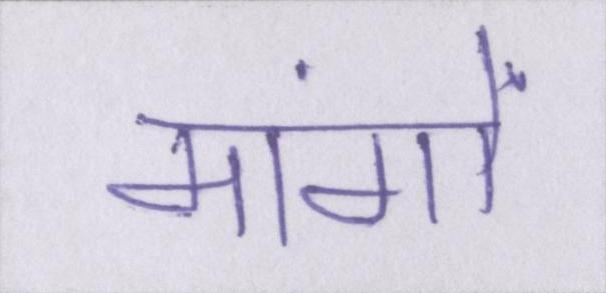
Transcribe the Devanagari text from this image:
मांगों